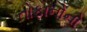
તોફાનોનો